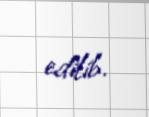
edilib.